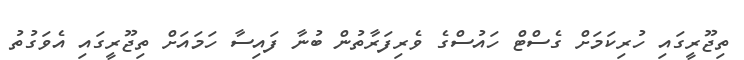
ތިޖޫރީގައި ހުރިކަމަށް ގެސްޓް ހައުސްގެ ވެރިފަރާތުން ބުނާ ފައިސާ ހަމައަށް ތިޖޫރީގައި އެވަގުތު